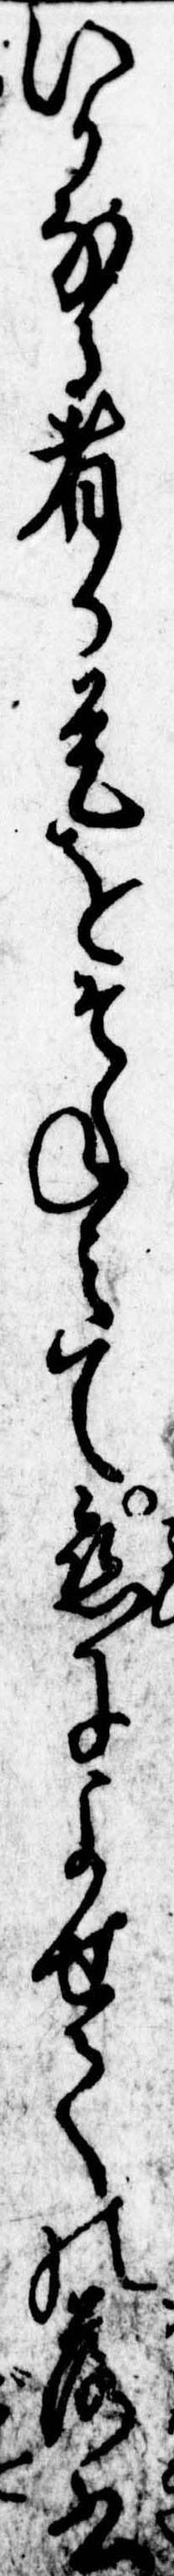
いかなる者か是をそねみて恋によせての落書